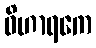
ဝိဟာရကေ